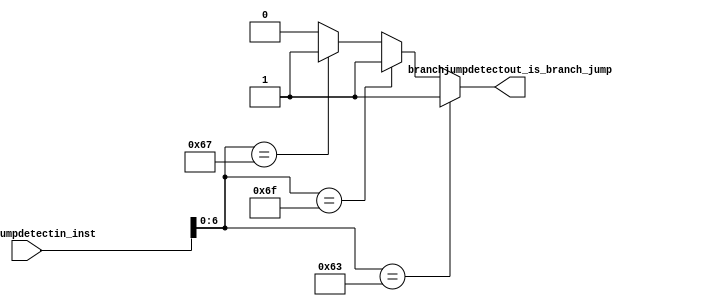
module BRANCH_JUMP_DETECT(
    input [31:0] branchjumpdetectin_inst,
    output branchjumpdetectout_is_branch_jump
);

    reg branchjumpdetect_is_branch_jump_reg;

    always @(*) begin
        if(branchjumpdetectin_inst[6:0] == 7'b1100011) begin // branch type
            branchjumpdetect_is_branch_jump_reg = 1'b1;
        end else if(branchjumpdetectin_inst[6:0] == 7'b1101111) begin // jump type
            branchjumpdetect_is_branch_jump_reg = 1'b1;
        end else if(branchjumpdetectin_inst[6:0] == 7'b1100111) begin // jalr type
            branchjumpdetect_is_branch_jump_reg = 1'b1;
        end else begin
            branchjumpdetect_is_branch_jump_reg = 1'b0;
        end
    end

    assign branchjumpdetectout_is_branch_jump = branchjumpdetect_is_branch_jump_reg;

endmodule